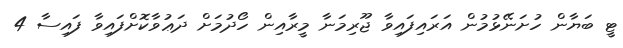
ޓީ ބަޔާން ހުށަނޭޅުމުން އަރައިފައިވާ ޖޫރިމަނާ މީރާއިން ހޯދުމަށް ދަޢުވާކޮށްފައިވާ ފައިސާ 4